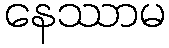
နေဿာမ